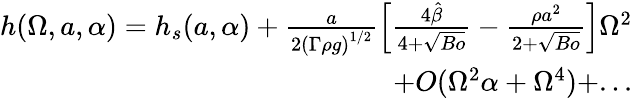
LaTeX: \begin{array}{r}{h(\Omega,a,\alpha)=h_{s}(a,\alpha)+\frac{a}{2\left(\Gamma\rho{g}\right)^{1/2}}\left[\frac{4\hat{\beta}}{4+\sqrt{Bo}}-\frac{\rho{a}^{2}}{2+\sqrt{Bo}}\right]\Omega^{2}}\\ {+O(\Omega^{2}\alpha+\Omega^{4})+...}\end{array}